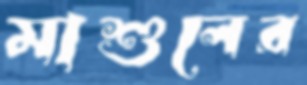
মাশুলের